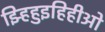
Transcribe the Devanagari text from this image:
झ्हिहुइहिहीओ